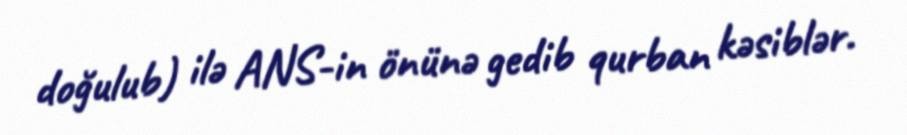
doğulub) ilə ANS-in önünə gedib qurban kəsiblər.